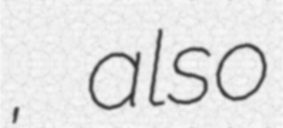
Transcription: نواباد, also